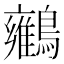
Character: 𪇉